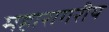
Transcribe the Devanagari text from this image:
महारागरीय